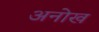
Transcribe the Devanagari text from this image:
अनोख